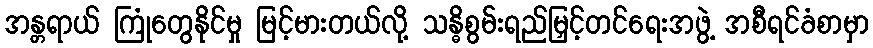
အန္တရာယ် ကြုံတွေနိုင်မှု မြင့်မားတယ်လို့ သန္ဓိစွမ်းရည်မြှင့်တင်ရေးအဖွဲ့ အစီရင်ခံစာမှာ